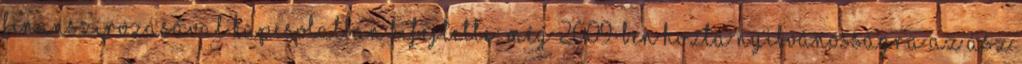
finanszírozásával kapcsolatban kifejtette: még 2009-ben hozta nyilvánosságra az ÁSZ